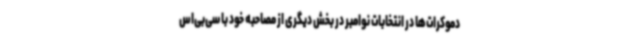
دموکرات‌ها در انتخابات نوامبر در بخش دیگری از مصاحبه خود با سی‌بی‌اس